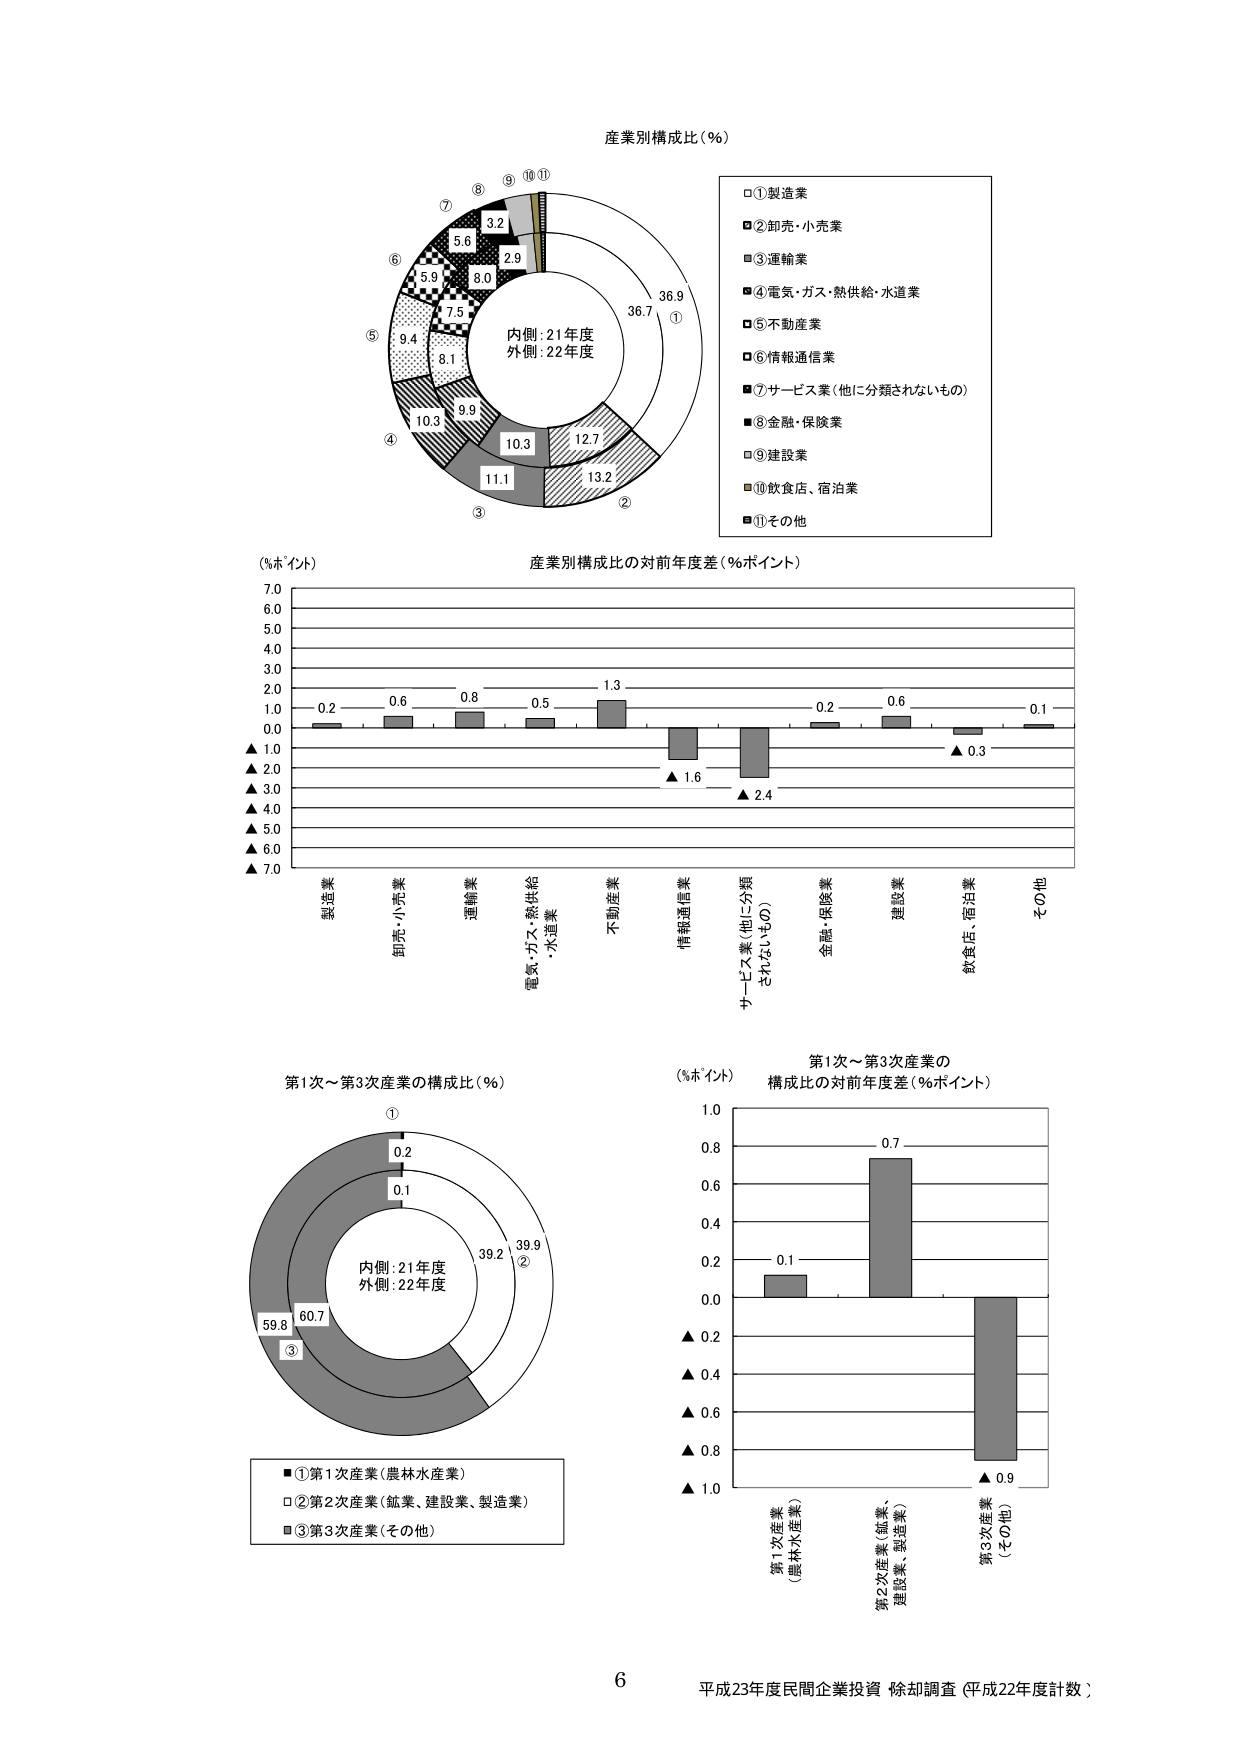
産業別構成比（％）

内側：21年度
外側：22年度

□①製造業
■②卸売・小売業
□③運輸業
■④電気・ガス・熱供給・水道業
□⑤不動産業
■⑥情報通信業
■⑦サービス業（他に分類されないもの）
■⑧金融・保険業
□⑨建設業
■⑩飲食店、宿泊業
■⑪その他

（％ポイント）
産業別構成比の対前年度差（％ポイント）

製造業  -0.2
卸売・小売業  0.6
運輸業  0.8
電気・ガス・熱供給・水道業  0.5
不動産業  1.3
情報通信業  ▲1.6
サービス業（他に分類されないもの）  ▲2.4
金融・保険業  0.2
建設業  0.6
飲食店、宿泊業  ▲0.3
その他  0.1

第1次～第3次産業の構成比（％）

内側：21年度
外側：22年度

① 0.2
② 39.2
③ 59.8
① 0.1
② 39.9
③ 60.7

■①第1次産業（農林水産業）
□②第2次産業（鉱業、建設業、製造業）
■③第3次産業（その他）

（％ポイント）
第1次～第3次産業の
構成比の対前年度差（％ポイント）

第1次産業（農林水産業）  0.1
第2次産業（鉱業、建設業、製造業）  0.7
第3次産業（その他）  ▲0.9

6
平成23年度民間企業投資 除却調査（平成22年度計数）